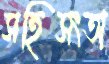
সহিসংতা